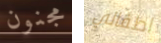
مجنون اطفالي